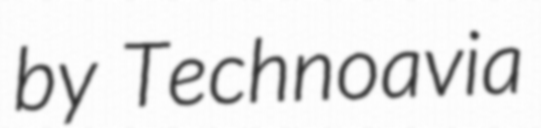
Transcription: by Technoavia